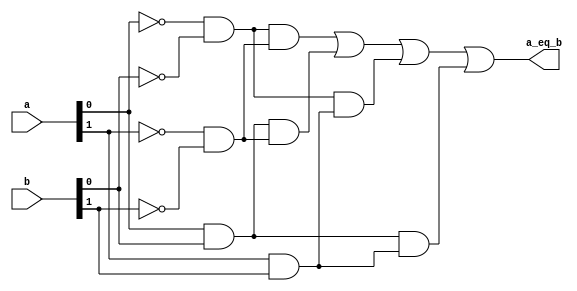
`timescale 1ns / 1ps
//////////////////////////////////////////////////////////////////////////////////
// Company: 
// 
// Design Name: 	 2-bit compartor
// Module Name:    comp_2_bit
// Project Name: 	 Compartor
// Target Devices: 
// Tool versions: 
// Description: 	2-bit compartor dataflow modeling
//
// Dependencies: NULL
//
// Revision: 
// Revision 0.01 - File Created
// Additional Comments: 
//
//////////////////////////////////////////////////////////////////////////////////
module comp_2_bit //data flow
//IO prots
(
input wire [1:0] a,b,
output wire a_eq_b
);

// no internal signal declration, we'll use implicit net (which is wire !)

// product terms
assign p0 = (~a[0] & ~b[0]) & (~a[1] & ~b[1]);
assign p1 = (a[0] & b[0]) & (~a[1] & ~b[1]);
assign p2 = (~a[0] & ~b[0]) & (a[1] & b[1]);
assign p3 = (a[0] & b[0]) & (a[1] & b[1]);

assign a_eq_b = p0 | p1 | p2 | p3; // SOPs 

endmodule